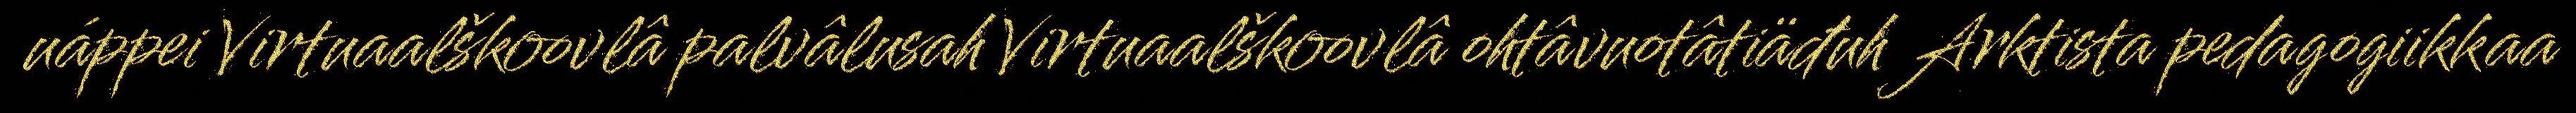
uáppei Virtuaalškoovlâ palvâlusah Virtuaalškoovlâ ohtâvuotâtiäđuh Arktista pedagogiikkaa